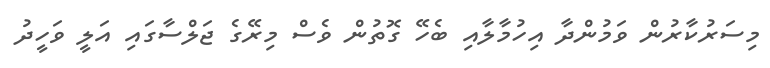
މިސަރުކާރުން ވަމުންދާ އިހުމާލާއި ބެހޭ ގޮތުން ވެސް މިރޭގެ ޖަލްސާގައި އަލީ ވަހީދު